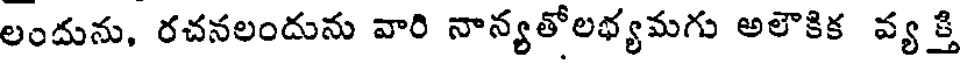
లందును, రచనలందును వారి నాన్యతోలభ్యమగు అలౌకిక వ్యక్తి